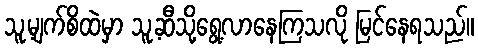
သူ့မျက်စိထဲမှာ သူ့ဆီသို့ရွေ့လာနေကြသလို မြင်နေရသည်။